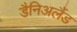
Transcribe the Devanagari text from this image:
डैनिअलैंड